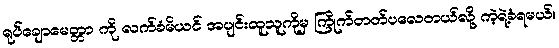
ရုပ်ချောမေတ္တာ ကို လက်ခံမိယင် အပျင်းထူသူကိုမှ ကြိုက်တတ်ပလေတယ်လို့ ကဲ့ရဲ့ခံရမယ်။